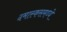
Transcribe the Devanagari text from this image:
दमास्कसमध्ये